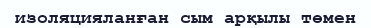
изоляцияланған сым арқылы төмен